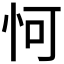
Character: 𪫧